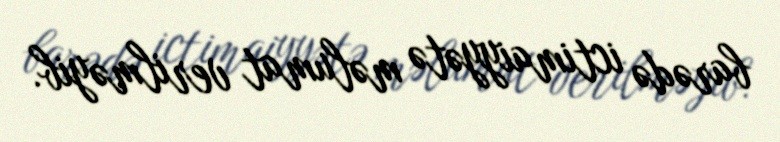
barədə ictimaiyyətə məlumat verilməyib.